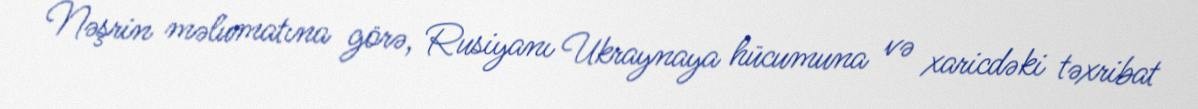
Nəşrin məlumatına görə, Rusiyanı Ukraynaya hücumuna və xaricdəki təxribat